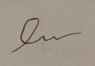
Signature authenticity: forged